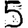
Digit: 5